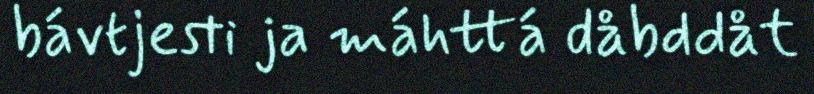
bávtjesti ja máhttá dåbddåt